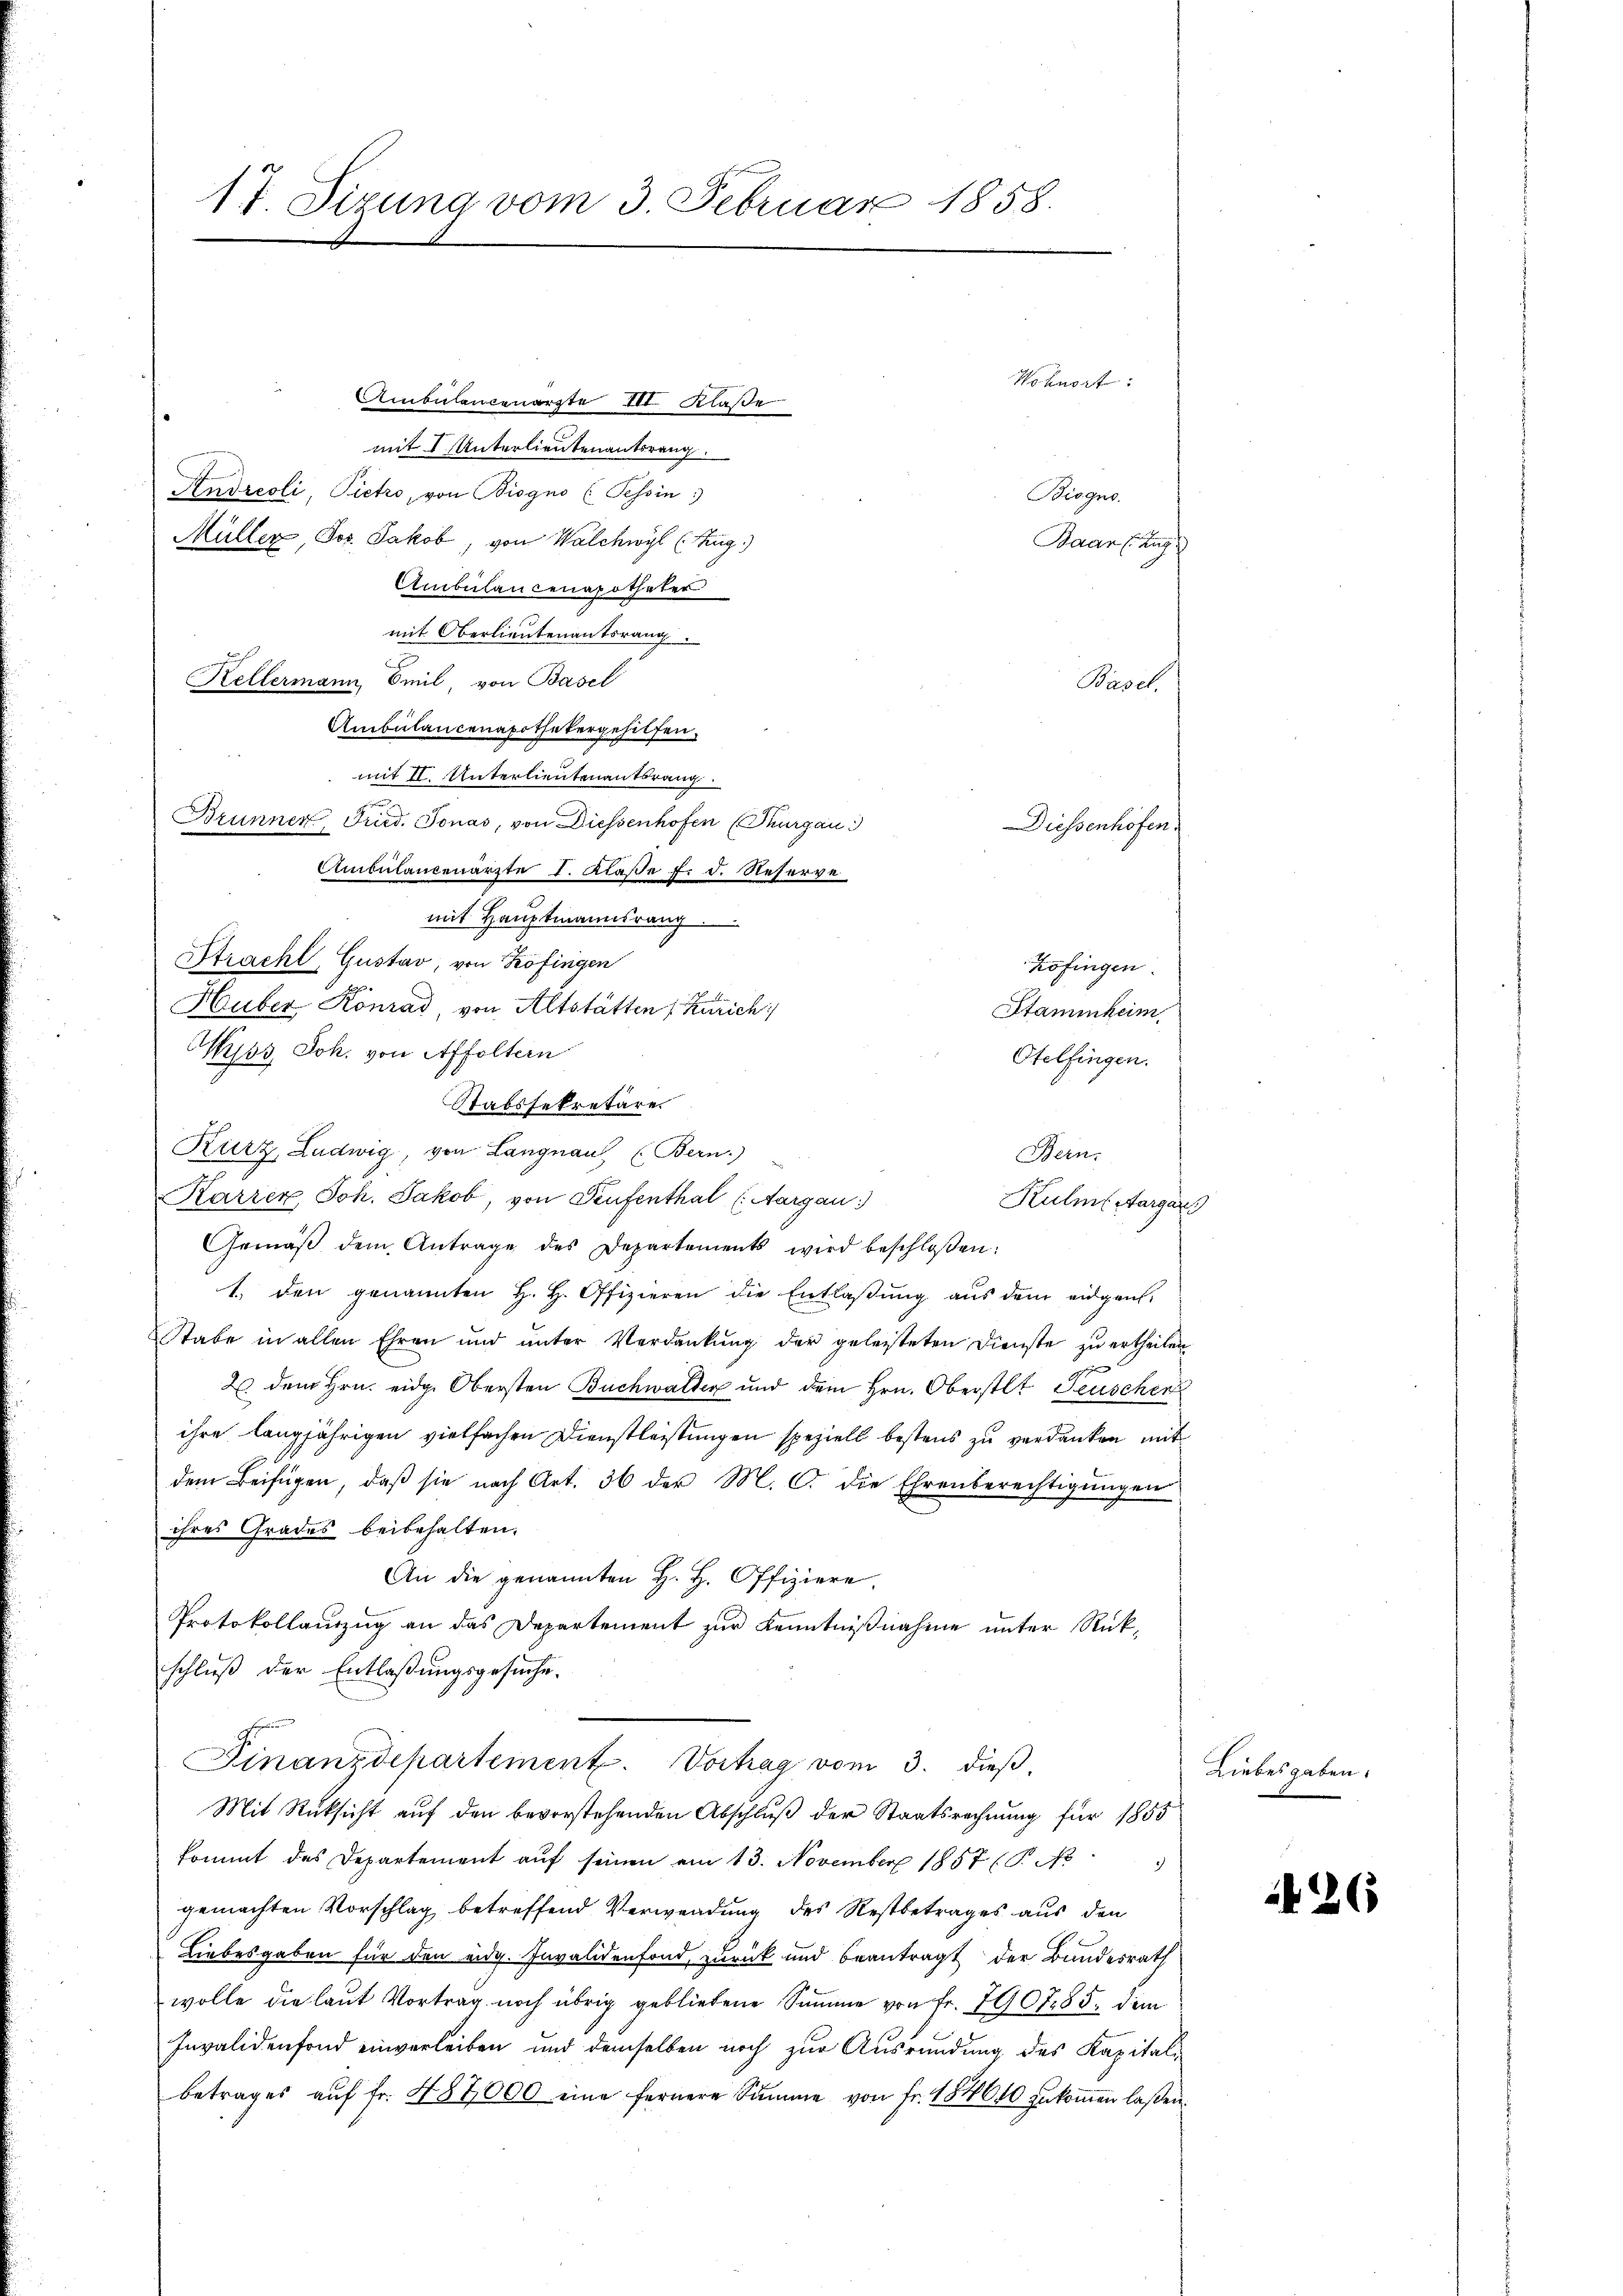
17 Sirung vom 3 Februar 1858.

Ambulancenarzte III Klaße
mit I. Unterlieutenantsrang.
Andreoli, Pietro, von Biogno (Tessin
Müller, Jos. Jakob, von Walchwyl (Zug)
Ambülancenapotheker
mit Oberlieutenantsrang.
Kellermann, Emil von Basel
Ambulancenapothekergehilfen.
mit II. Unterlieutenantrang
n
Brunner Fried. Jonas, von Diessenhofen (Thurgau
Ambulantenarzte I. Klaße f. d. Reserve
mit Hauptmannsrang
Stracht, Gustav, von Zofingen
Zofingen
Huber Konrad von Altstatten Kurich
Stammheim
Wyss, Joh. von Affoltern
Otelfingen.
Kurz, Ludwig, von Langnau (Bern)
Bern.
Karzen Joh. Jakob, von Teufenthal (Aargau:
Kulm (Aargar
Gemäβ dem Antrage des Departements wird beschloßen:
1. den genannten H. H. Offizieren die Entlaßung aus dem eidgen
Stabe in allen Ehren und ŭnter Verdankŭng der geleisteten Dienste zŭ ertheilen
2 dem Hrn. eidg. Obersten Buchwalten und dem Hrn. Oberstlt Feuschen
ihre langjährigen vielfachen Dienstleistungen speziell bestens zu verdanken mit
dem Beifügen, daß sie nach Art. 36 der M. C. die Ehrenberechtigungen
ihres Grades beibehalten.
An die genannten H. H. Offiziere.
Protokollauszug an das Departement zur Kenntnißnahme unter Rückschluß der Entlaßungsgesuche.
Finanzdepartement. Vortrag vom 3. dieß,
Mit Rüksicht auf den bevorstehenden Abschluß der Staatsrechnung für 1855
kommt des Departement aŭf seinen am 13. November 1857 (T. No
gemachten Vorschlag betreffend Verwendung des Restbetrages aus den
Liebesgaben für den eidg. Invalidenfond, zurück und beantragt der Bundesrath
wolle die laut Vortrag noch übrig gebliebene Summe von Fr. 7907. 85, dem
Invalidenfond einverleiben und demselben noch zur Ausrundung des Kapitalbetrages aŭf fr. 487000 eine fernere Summe von fr. 184640 zŭkoṁen laßen.

Stabssekretäre

Wohnort

Biogno.
Basel.
Diessenhöfen

Baar (Zug

Liebesgaben.

426